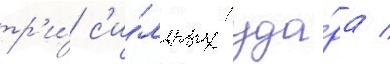
тр'и́ с'и́льных уда́ра /